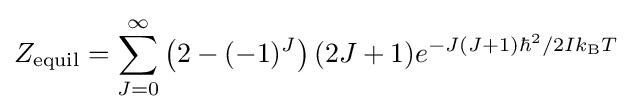
Z_{\text{equil}}=\sum \limits _{J=0}^{\infty }{\left(2-(-1)^{J}\right)(2J+1)e^{{-J(J+1)\hbar ^{2}}/{2Ik_{\text{B}}T}\;}}